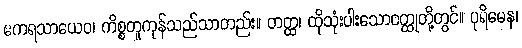
ဧကရသာယေဝ၊ ကိစ္စတူကုန်သည်သာတည်း။ တတ္ထ၊ ထိုသုံးပါးသောဝတ္ထုတို့တွင်။ ပုရိမေန၊